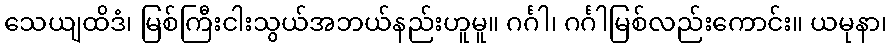
သေယျထိဒံ၊ မြစ်ကြီးငါးသွယ်အဘယ်နည်းဟူမူ။ ဂင်္ဂါ၊ ဂင်္ဂါမြစ်လည်းကောင်း။ ယမုနာ၊